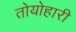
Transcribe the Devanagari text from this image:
तोयोहारी